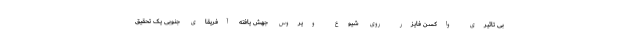
بی تاثیری واکسن فایزر روی شیوع ویروس جهش یافته آفریقای جنوبی یک تحقیق